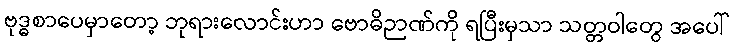
ဗုဒ္ဓစာပေမှာတော့ ဘုရားလောင်းဟာ ဗောဓိဉာဏ်ကို ရပြီးမှသာ သတ္တဝါတွေ အပေါ်